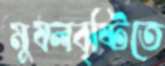
মুষলবৃষ্টিতে